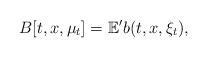
LaTeX: \begin{align*}B[t,x,\mu_t] = \mathbb E' b(t,x,\xi_t),\end{align*}